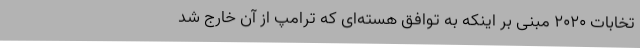
تخابات ۲۰۲۰ مبنی بر اینکه به توافق هسته‌ای که ترامپ از آن خارج شد